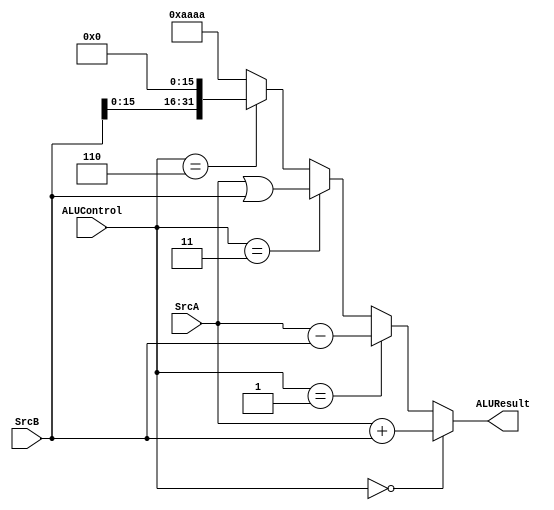
`timescale 1ns / 1ps
`default_nettype none 
module ALU (
    input wire [31:0] SrcA, SrcB,
    input wire [3:0] ALUControl,

    output wire [31:0] ALUResult
);
    reg [31:0] SUMReg, SUBReg, ORReg, LUIReg;
    always @(*) begin
        SUMReg = SrcA + SrcB;
        SUBReg = SrcA - SrcB;
        ORReg = SrcA | SrcB;
        LUIReg = {{SrcB[15:0]}, 16'h0000}; 
    end

    assign ALUResult =  (ALUControl == 4'b0000) ? SUMReg :
                        (ALUControl == 4'b0001) ? SUBReg :
                        (ALUControl == 4'b0011) ? ORReg :
                        (ALUControl == 4'b0110) ? LUIReg : 32'haaaa;

endmodule